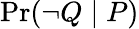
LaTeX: \operatorname*{Pr}(\lnot Q\mid P)